Annual report of the Imperial Bacteriologist
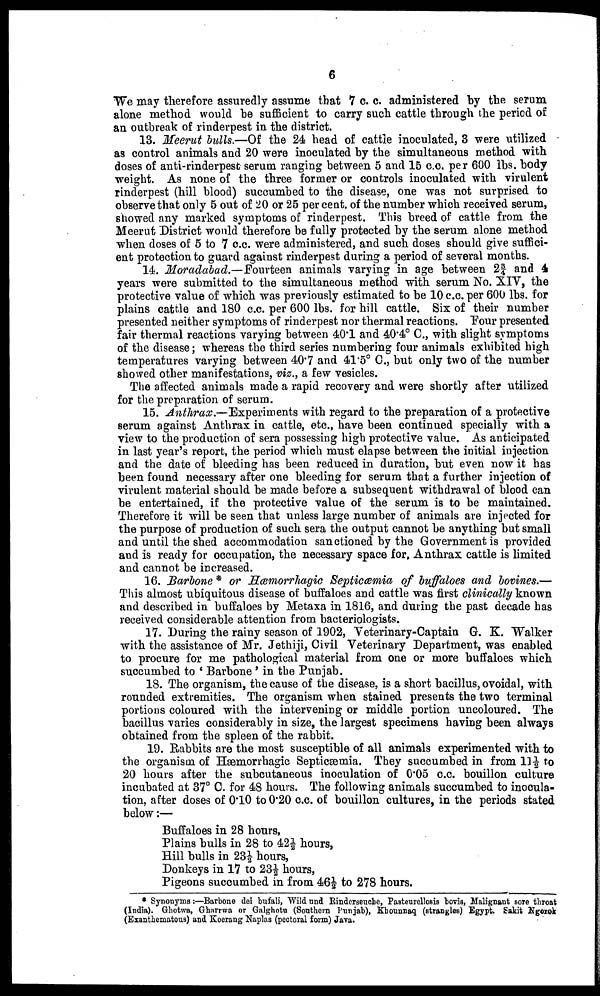
6
We may therefore assuredly assume that 7 c. c. administered by the serum
alone method would be sufficient to carry such cattle through the period of
an outbreak of rinderpest in the district.
13. Meerut bulls.—Of the 24 head of cattle inoculated, 3 were utilized
as control animals and 20 were inoculated by the simultaneous method with
doses of anti-rinderpest serum ranging between 5 and 15 c.c. per 600 lbs. body
weight. As none of the three former or controls inoculated with virulent
rinderpest (hill blood) succumbed to the disease, one was not surprised to
observe that only 5 out of 20 or 25 per cent. of the number which received serum,
showed any marked symptoms of rinderpest. This breed of cattle from the
Meerut District would therefore be fully protected by the serum alone method
when doses of 5 to 7 c.c. were administered, and such doses should give suffici-
ent protection to guard against rinderpest during a period of several months.
14. Moradabad.—Fourteen animals varying in age between 2¾ and 4
years were submitted to the simultaneous method with serum No. XIV, the
protective value of which was previously estimated to be 10 c.c. per 600 lbs. for
plains cattle and 180 c.c. per 600 lbs. for hill cattle. Six of their number
presented neither symptoms of rinderpest nor thermal reactions. Four presented
fair thermal reactions varying between 40.1 and 40.4° C., with slight symptoms
of the disease; whereas the third series numbering four animals exhibited high
temperatures varying between 40.7 and 41.5° C., but only two of the number
showed other manifestations, viz., a few vesicles.
The affected animals made a rapid recovery and were shortly after utilized
for the preparation of serum.
15. Anthrax.—Experiments with regard to the preparation of a protective
serum against Anthrax in cattle, etc., have been continued specially with a
view to the production of sera possessing high protective value. As anticipated
in last year's report, the period which must elapse between the initial injection
and the date of bleeding has been reduced in duration, but even now it has
been found necessary after one bleeding for serum that a further injection of
virulent material should be made before a subsequent withdrawal of blood can
be entertained, if the protective value of the serum is to be maintained.
Therefore it will be seen that unless large number of animals are injected for
the purpose of production of such sera the output cannot be anything but small
and until the shed accommodation sanctioned by the Government is provided
and is ready for occupation, the necessary space for, Anthrax cattle is limited
and cannot be increased.
16. Barbone * or Hæmorrhagic Septicæmia of buffaloes and bovines.—
This almost ubiquitous disease of buffaloes and cattle was first clinically known
and described in buffaloes by Metaxa in 1816, and during the past decade has
received considerable attention from bacteriologists.
17. During the rainy season of 1902, Veterinary-Captain G. K. Walker
with the assistance of Mr. Jethiji, Civil Veterinary Department, was enabled
to procure for me pathological material from one or more buffaloes which
succumbed to ' Barbone ' in the Punjab.
18. The organism, the cause of the disease, is a short bacillus, ovoidal, with
rounded extremities. The organism when stained presents the two terminal
portions coloured with the intervening or middle portion uncoloured. The
bacillus varies considerably in size, the largest specimens having been always
obtained from the spleen of the rabbit.
19. Rabbits are the most susceptible of all animals experimented with to
the organism of Hæmorrhagic Septicæmia. They succumbed in from 11½ to
20 hours after the subcutaneous inoculation of 0.05 c.c. bouillon culture
incubated at 37° C. for 48 hours. The following animals succumbed to inocula-
tion, after doses of 0.10 to 0.20 c.c. of bouillon cultures, in the periods stated
below :—
Buffaloes in 28 hours,
Plains bulls in 28 to 42½ hours,
Hill bulls in 23½ hours,
Donkeys in 17 to 23½ hours,
Pigeons succumbed in from 46½ to 278 hours.
* Synonyms:—Barbone dei bufali, Wild und Rinderseuche, Pasteurellosis bovis, Malignant sore throat
(India). Ghotwa, Gharrwa or Galghotu (Southern Punjab), Khounnaq (strangles) Egypt. Sakit Ngorok
(Exanthematous) and Koerang Naplas (pectoral form) Java.